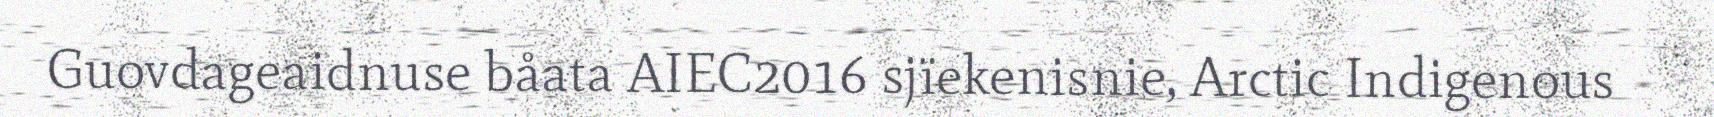
Guovdageaidnuse båata AIEC2016 sjïekenisnie, Arctic Indigenous